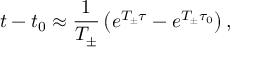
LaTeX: t - t _ { 0 } \approx \frac { 1 } { T _ { \pm } } \left( e ^ { T _ { \pm } \tau } - e ^ { T _ { \pm } \tau _ { 0 } } \right) ,